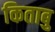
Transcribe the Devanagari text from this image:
किताबु